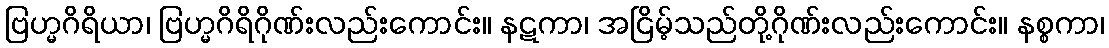
ဗြဟ္မဂိရိယာ၊ ဗြဟ္မဂိရိဂိုဏ်းလည်းကောင်း။ နဋကာ၊ အငြိမ့်သည်တို့ဂိုဏ်းလည်းကောင်း။ နစ္စကာ၊